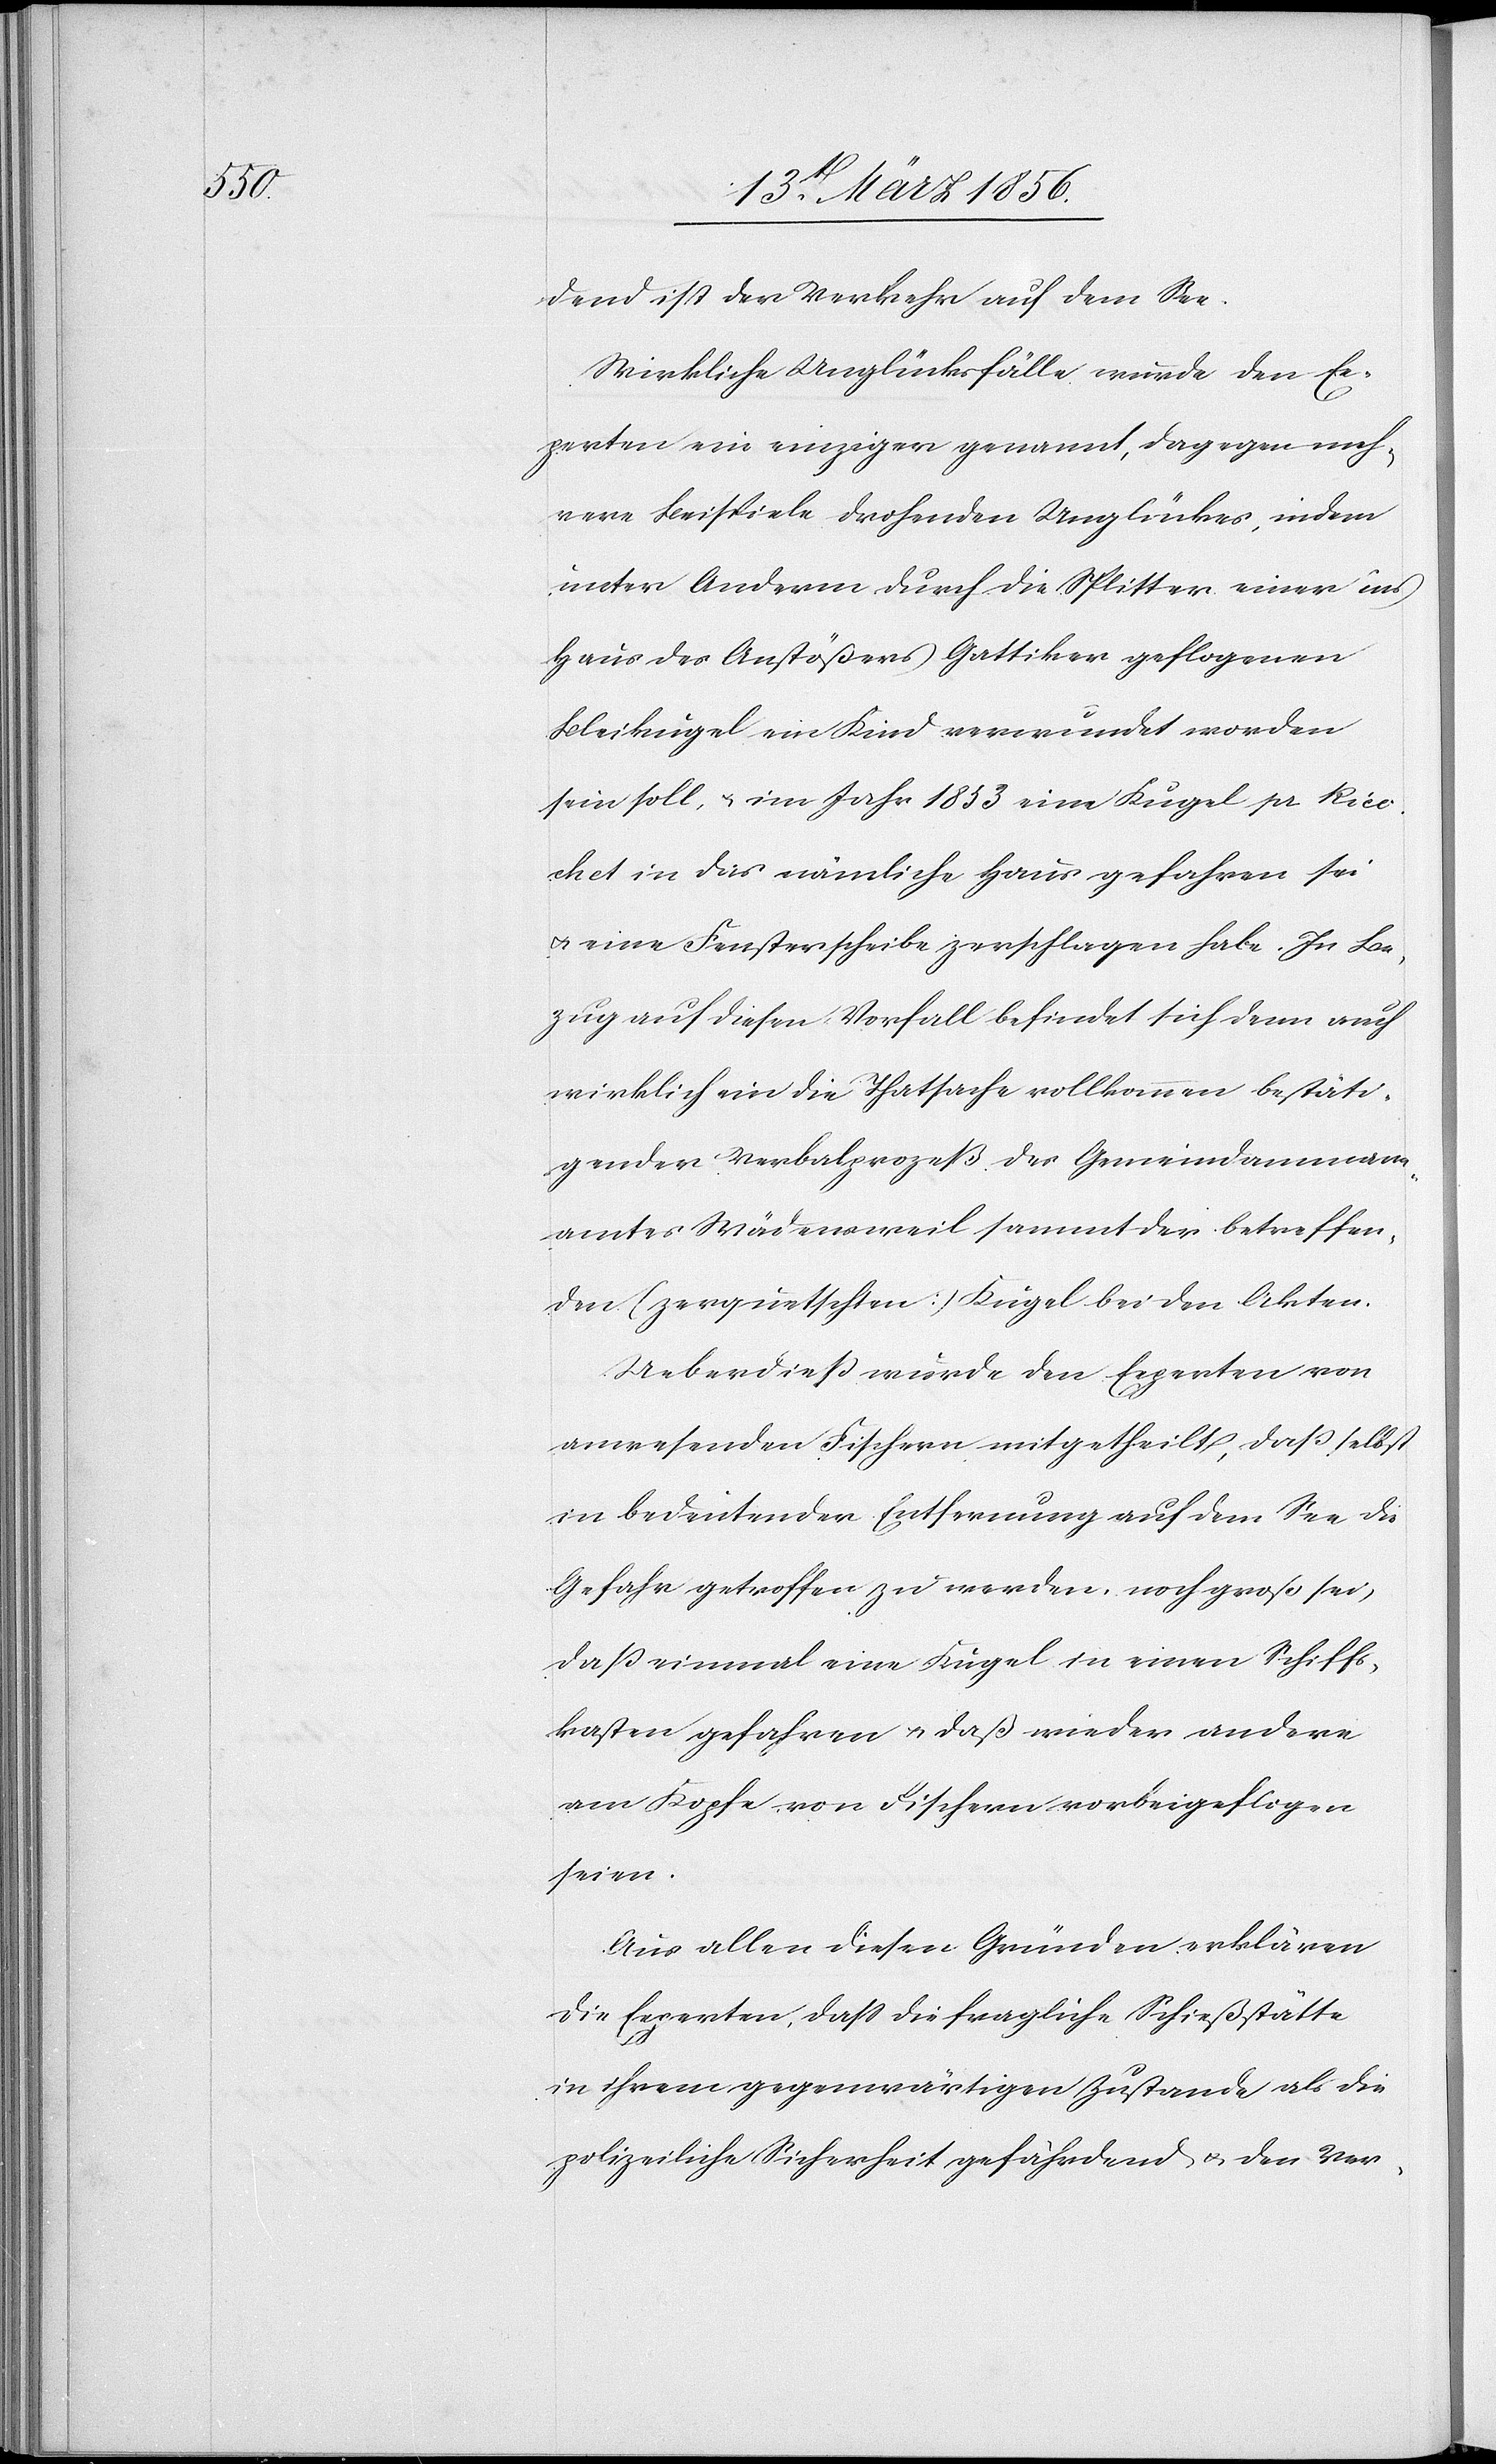
dend ist der Verkehr auf dem See.
Wirkliche Unglücksfälle wurde den Ex¬
perten ein einziger genannt, dagegen meh¬
rere Beispiele drohenden Unglückes, indem
unter Anderm durch die Splitter einer ins
Haus des Anstößers Gattiker geflogenen
Bleikugel ein Kind verwundet worden
sein soll, u. im Jahr 1853 eine Kugel pr Rico¬
chet in das nämliche Haus gefahren sei
u. eine Fensterscheibe zerschlagen habe. In Be¬
zug auf diesen Vorfall befindet sich denn auch
wirklich ein die Thatsache vollkommen bestäti¬
gender Verbalprozeß des Gemeindammann¬
amtes Wädensweil sammt der betreffen¬
den (zerquetschten) Kugel bei den Akten.
Ueberdieß wurde den Experten von
anwesenden Fischern mitgetheilt, das selbst
in bedeutender Entfernung auf dem See die
Gefahr getroffen zu werden, noch groß sei,
daß einmal eine Kugel in einen Schiffs¬
kasten gefahren u. daß wieder andere
am Kopfe von Fischern vorbeigeflogen
seien.
Aus allen diesen Gründen erklären
die Experten, daß die fragliche Schießstätte
in ihrem gegenwärtigen Zustande als die
polizeiliche Sicherheit gefährdend u. den Ver-